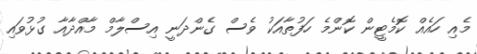
މެއި ހައެއް ކޮމެޓީން ކޮންމެ ހަފުތާއަކު ވެސް ގެންދަނީ އިސްލާމް މާއްދާއާ ގުޅުވައި